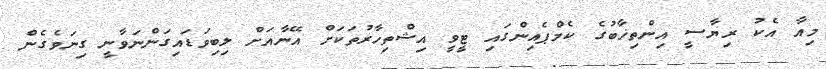
މިއާ އެކު ރިޔާސީ އިންތިޚާބުގެ ކެމްޕެއިންގައި ޓީވީ އިޝްތިހާރުތަކަށް އޭނާއަށް ލިބިވަޑައިގަންނަވާނީ ގިނަވެގެން